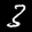
Label: 3